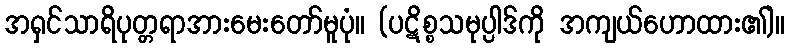
အရှင်သာရိပုတ္တရာအားမေးတော်မူပုံ။ (ပဋိစ္စသမုပ္ပါဒ်ကို အကျယ်ဟောထား၏)။